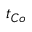
t _ { C o }